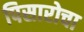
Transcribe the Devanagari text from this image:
पिसारोचा